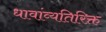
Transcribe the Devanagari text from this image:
धावांव्यतिरिक्त